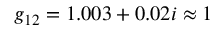
g _ { 1 2 } = 1 . 0 0 3 + 0 . 0 2 i \approx 1